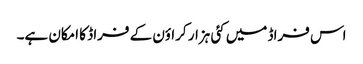
اس فراڈ میں کئی ہزار کراؤن کے فراڈ کا امکان ہے۔